画像に写った文字を読んでください
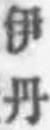
「伊丹」と書いてあります